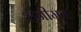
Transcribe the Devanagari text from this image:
हनीमुन